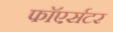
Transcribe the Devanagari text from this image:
फाॅएर्सटर